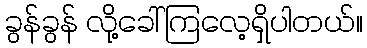
ခွန်ခွန် လို့ခေါ်ကြလေ့ရှိပါတယ်။